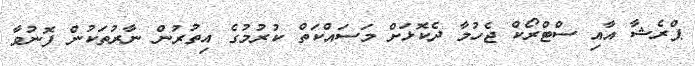
ޕްރެޝާ އާއި ސްޓްރޯކް ޖެހުމާ ދެކޮޅަށް މަސައްކަތް ކުރުމުގެ އިތުރުން ނާރުތަކުން ފޮނުވާ